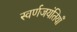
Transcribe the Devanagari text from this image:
स्वर्णजयंतियाँ